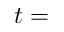
t =